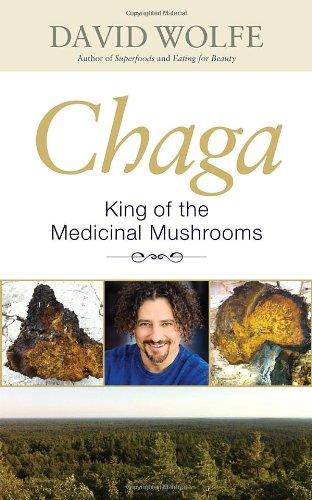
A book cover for Chaga: King of the Medicinal Mushrooms; David Wolfe; Parenting & Relationships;